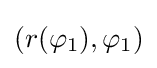
(r(\varphi _{1}),\varphi _{1})